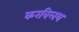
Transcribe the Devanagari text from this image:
करविलय